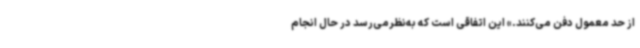
از حد معمول دفن می‌کنند.» این اتفاقی است که به‌نظرمی‌رسد در حال انجام